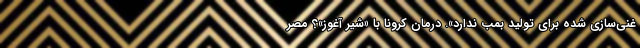
غنی‌سازی شده برای تولید بمب ندارد». درمان کرونا با «شیر آغوز»؟ مصر